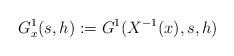
LaTeX: \begin{align*}G_x^1(s,h):=G^1(X^{-1}(x),s,h)\end{align*}